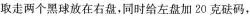
取走两个黑球放在右盘，同时给左盘加20克砝码，